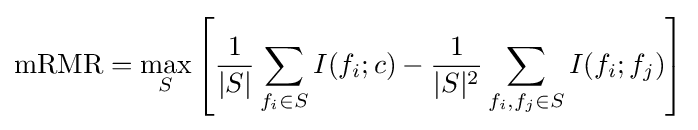
\mathrm {mRMR} =\max _{S}\left[{\frac {1}{|S|}}\sum _{f_{i}\in S}I(f_{i};c)-{\frac {1}{|S|^{2}}}\sum _{f_{i},f_{j}\in S}I(f_{i};f_{j})\right]